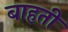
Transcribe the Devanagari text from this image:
बाहती